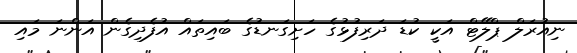
ނިއުރަލް ޕްލޭޓް އަކީ ކުޑަ ދަރިފުޅުގެ ހަށިގަނޑުގެ ބައިތައް އުފެދިގެން އަންނަ މައި